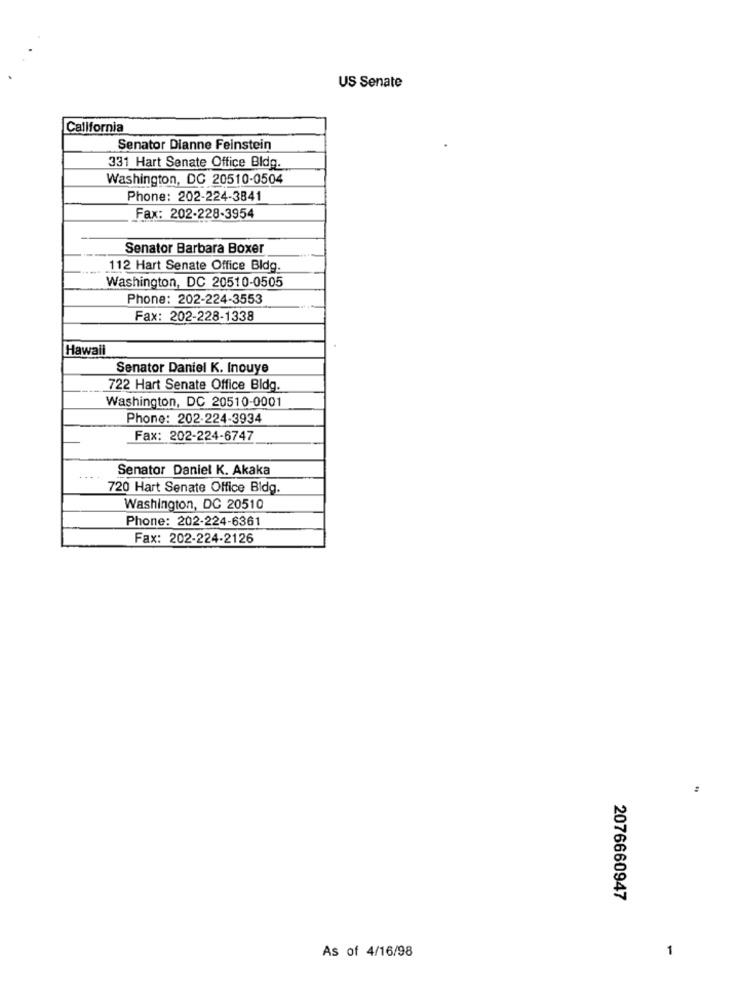
US Senate
California
Senator Dianne Feinstein
331 Hart Senate Office Bldg.
Washington, DC 20510-0504
Phone: 202-224-3841
Fax: 202-228-3954
Senator Barbara Boxer
112 Hart Senate Office Bldg.
Washington, DC 20510-0505
Phone: 202-224-3553
Fax: 202-228-1338
Hawaii
Senator Daniel K. Inouye
722 Hart Senate Office Bldg.
Washington, DC 20510-0001
Phone: 202-224-3934
Fax: 202-224-6747
Senator Daniel K. Akaka
720 Hart Senate Office Bidg.
Washington, DC 20510
Phone: 202-224-6361
Fax: 202-224-2126
:
2076660947
As of 4/16/98
1